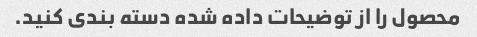
محصول را از توضیحات داده شده دسته بندی کنید.